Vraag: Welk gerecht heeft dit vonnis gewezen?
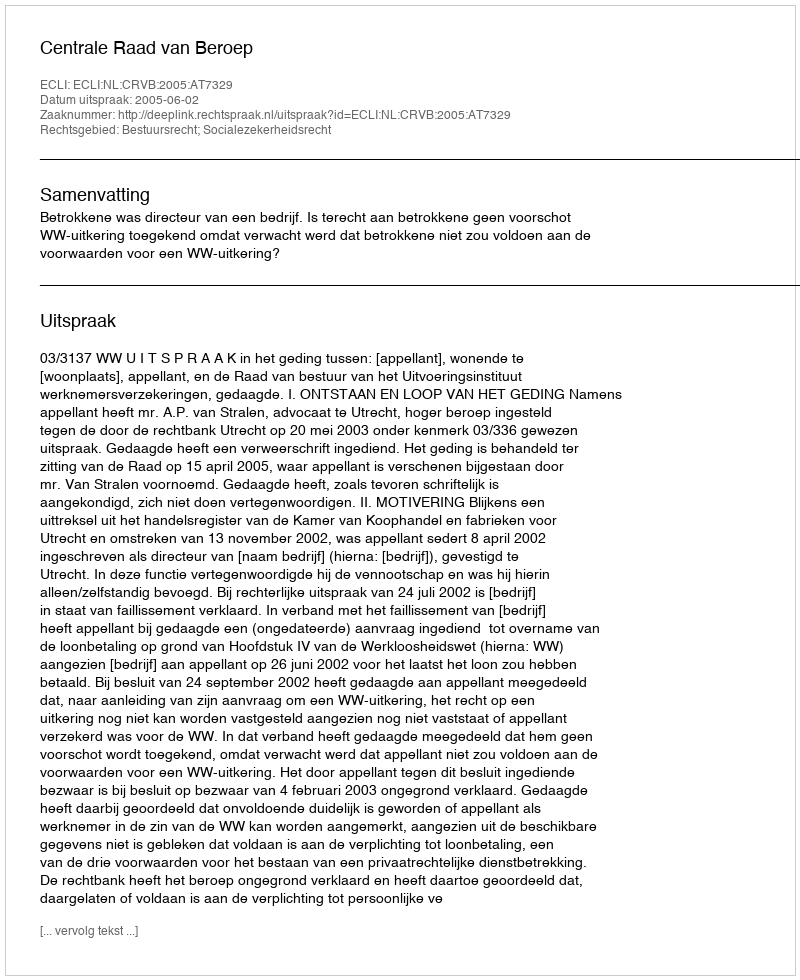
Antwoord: Centrale Raad van Beroep